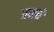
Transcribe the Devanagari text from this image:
वनचे